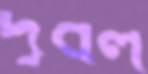
দূর্বল